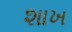
શાખ